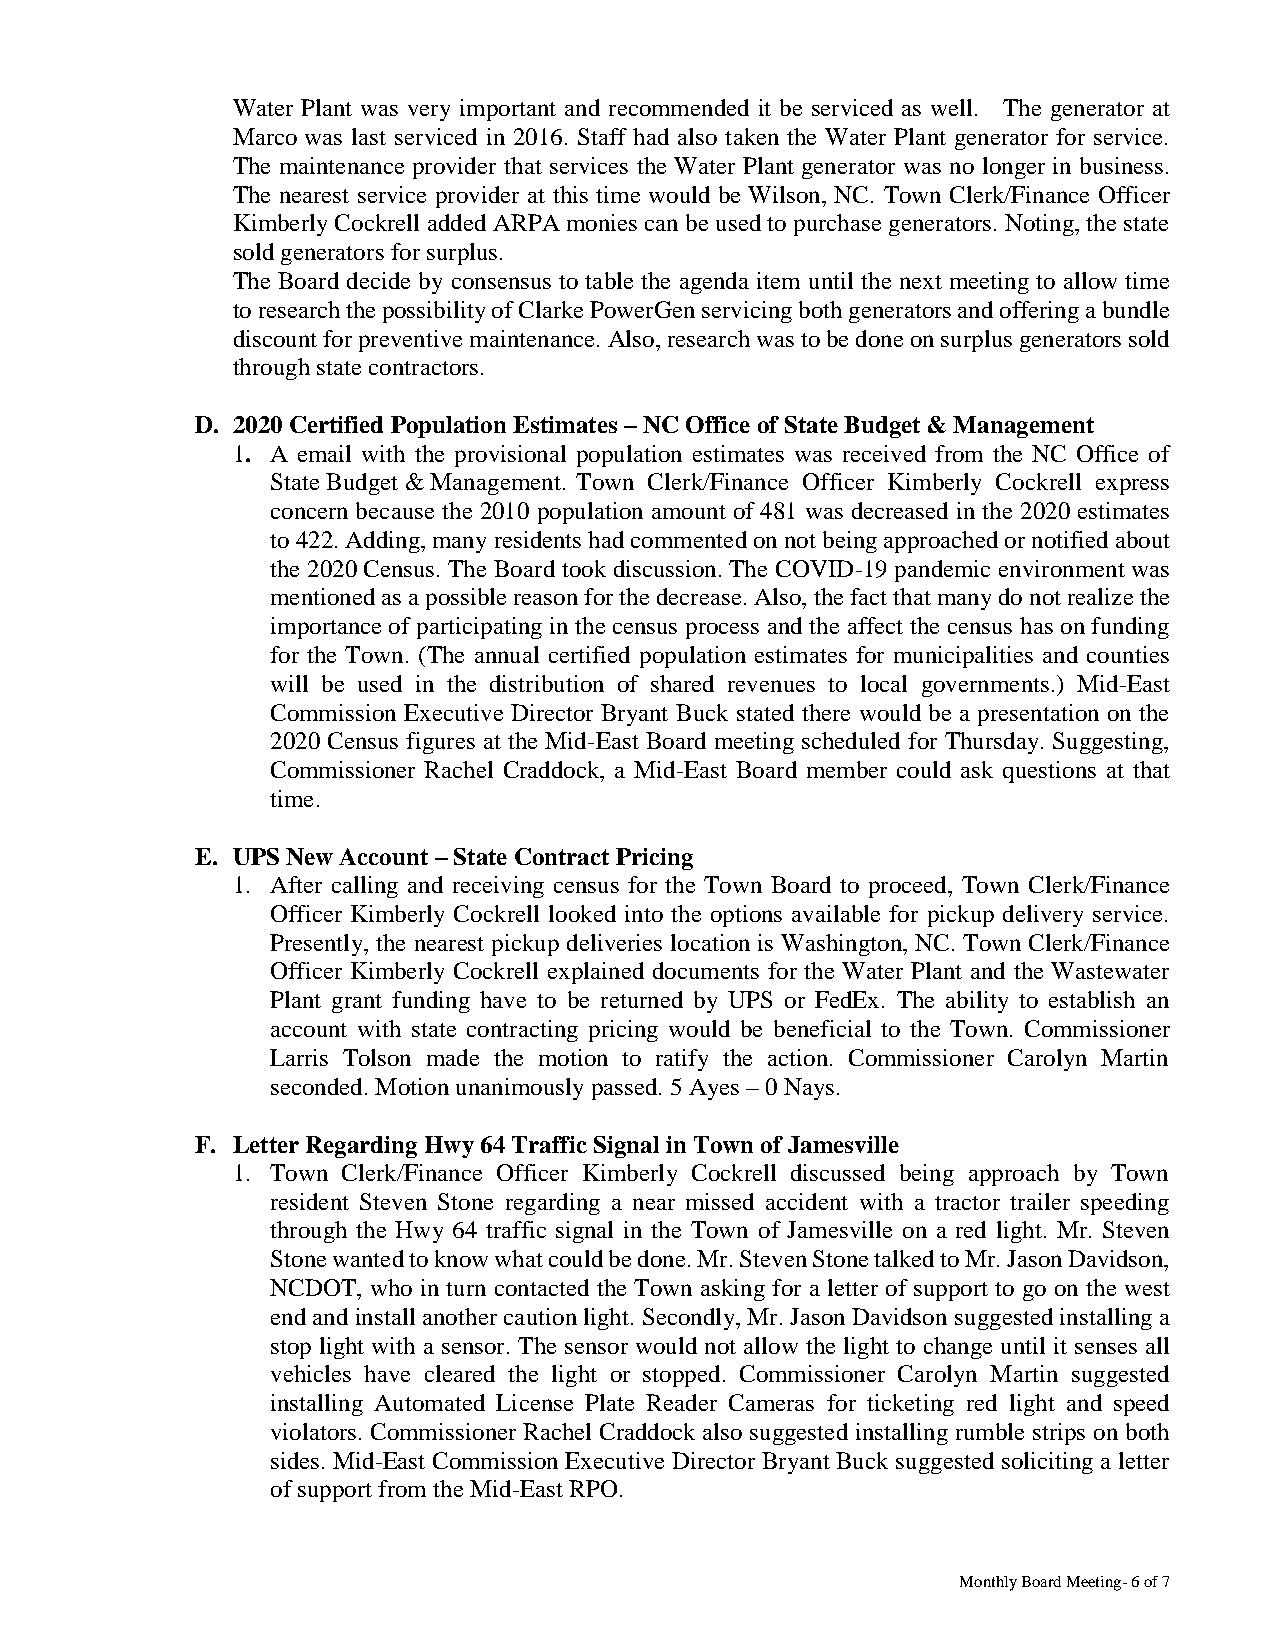
Water Plant was very important and recommended it be serviced as well. The generator at
 Marco was last serviced in 2016. Staff had also taken the Water Plant generator for service.
 The maintenance provider that services the Water Plant generator was no longer in business.
 The nearest service provider at this time would be Wilson, NC. Town Clerk/Finance Officer
 Kimberly Cockrell added ARPA monies can be used to purchase generators. Noting, the state
 sold generators for surplus.
 The Board decide by consensus to table the agenda item until the next meeting to allow time
 to research the possibility of Clarke PowerGen servicing both generators and offering a bundle
 discount for preventive maintenance. Also, research was to be done on surplus generators sold
 through state contractors.
 D. 2020 Certified Population Estimates – NC Office of State Budget & Management
 1. A email with the provisional population estimates was received from the NC Office of
 State Budget & Management. Town Clerk/Finance Officer Kimberly Cockrell express
 concern because the 2010 population amount of 481 was decreased in the 2020 estimates
 to 422. Adding, many residents had commented on not being approached or notified about
 the 2020 Census. The Board took discussion. The COVID-19 pandemic environment was
 mentioned as a possible reason for the decrease. Also, the fact that many do not realize the
 importance of participating in the census process and the affect the census has on funding
 for the Town. (The annual certified population estimates for municipalities and counties
 will be used in the distribution of shared revenues to local governments.) Mid-East
 Commission Executive Director Bryant Buck stated there would be a presentation on the
 2020 Census figures at the Mid-East Board meeting scheduled for Thursday. Suggesting,
 Commissioner Rachel Craddock, a Mid-East Board member could ask questions at that
 time.
 E. UPS New Account – State Contract Pricing
 1. After calling and receiving census for the Town Board to proceed, Town Clerk/Finance
 Officer Kimberly Cockrell looked into the options available for pickup delivery service.
 Presently, the nearest pickup deliveries location is Washington, NC. Town Clerk/Finance
 Officer Kimberly Cockrell explained documents for the Water Plant and the Wastewater
 Plant grant funding have to be returned by UPS or FedEx. The ability to establish an
 account with state contracting pricing would be beneficial to the Town. Commissioner
 Larris Tolson made the motion to ratify the action. Commissioner Carolyn Martin
 seconded. Motion unanimously passed. 5 Ayes – 0 Nays.
 F. Letter Regarding Hwy 64 Traffic Signal in Town of Jamesville
 1. Town Clerk/Finance Officer Kimberly Cockrell discussed being approach by Town
 resident Steven Stone regarding a near missed accident with a tractor trailer speeding
 through the Hwy 64 traffic signal in the Town of Jamesville on a red light. Mr. Steven
 Stone wanted to know what could be done. Mr. Steven Stone talked to Mr. Jason Davidson,
 NCDOT, who in turn contacted the Town asking for a letter of support to go on the west
 end and install another caution light. Secondly, Mr. Jason Davidson suggested installing a
 stop light with a sensor. The sensor would not allow the light to change until it senses all
 vehicles have cleared the light or stopped. Commissioner Carolyn Martin suggested
 installing Automated License Plate Reader Cameras for ticketing red light and speed
 violators. Commissioner Rachel Craddock also suggested installing rumble strips on both
 sides. Mid-East Commission Executive Director Bryant Buck suggested soliciting a letter
 of support from the Mid-East RPO.
 Monthly Board Meeting- 6 of 7